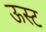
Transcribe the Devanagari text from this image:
ऊस्ट